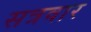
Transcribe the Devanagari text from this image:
सत्रवार